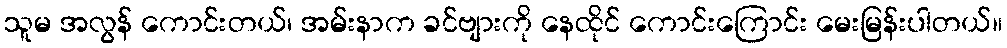
သူမ အလွန် ကောင်းတယ်၊ အမ်းနာက ခင်ဗျားကို နေထိုင် ကောင်းကြောင်း မေးမြန်းပါတယ်။